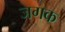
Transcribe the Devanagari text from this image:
जगक